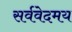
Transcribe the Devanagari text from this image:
सर्ववेदमय